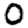
Digit: 0